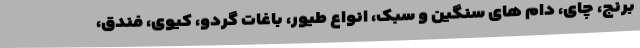
برنج، چای، دام های سنگین و سبک، انواع طیور، باغات گردو، کیوی، فندق،